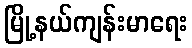
မြို့နယ်ကျန်းမာရေး